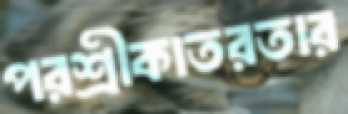
পরশ্রীকাতরতার